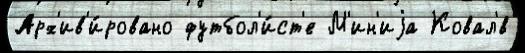
Арх'ив'и́ровано футбол'и́ст'е М'ин'иjа Ковал'́в